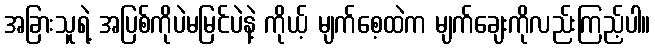
အခြားသူရဲ့ အပြစ်ကိုပဲမမြင်ပဲနဲ့ ကိုယ့် မျက်စေ့ထဲက မျက်ချေးကိုလည်းကြည့်ပါ။